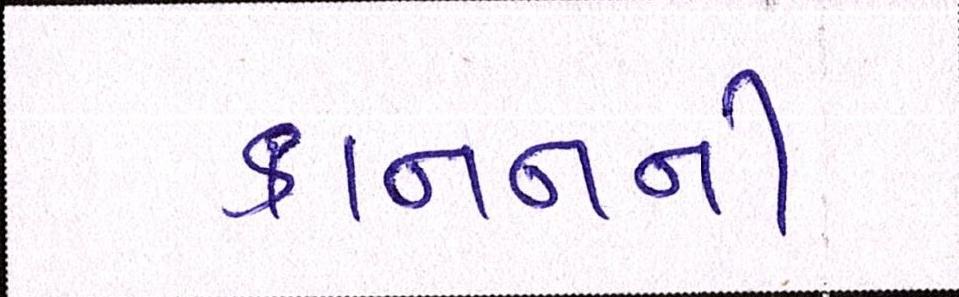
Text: કાનનની